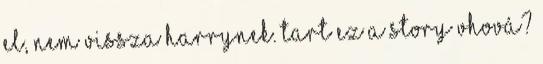
el, nem vissza Harrynek. Tart ez a story vhová?